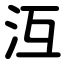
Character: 沍